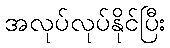
အလုပ်လုပ်နိုင်ပြီး